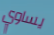
يساوي